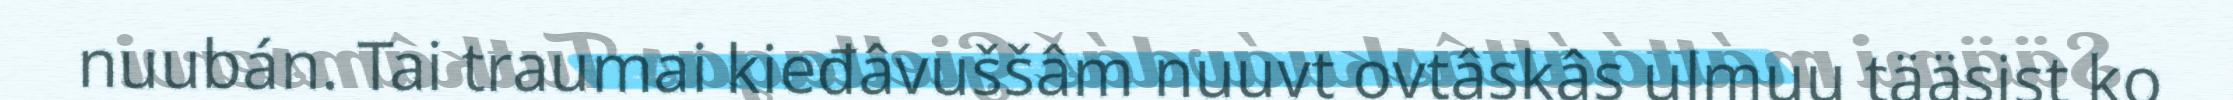
nuubán. Tai traumai kieđâvuššâm nuuvt ovtâskâs ulmuu tääsist ko